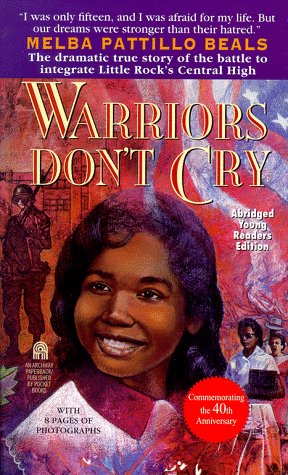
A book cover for Warriors Don't Cry; Melba Pattillo Beals; Teen & Young Adult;